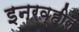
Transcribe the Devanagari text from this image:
इनरव्हील